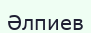
Әлпиев